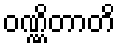
ဝဏ္ဏိတာတိ